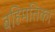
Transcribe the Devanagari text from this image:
बहिमतिका